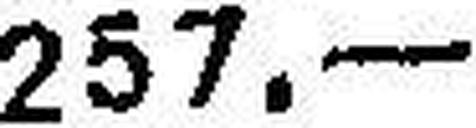
257.—